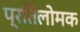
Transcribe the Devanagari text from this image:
प्रतिलोमक